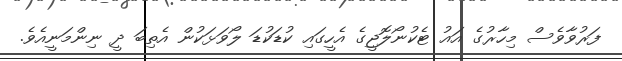
ފަރުވާވެސް މިހާރުގެ އައު ޓެކުނޯލޮޖީގެ އެހީގައި ކުޑަކުޑަ ލޯވަޅަކުން އެތިބަ ދީ ނިންމަނީއެވެ.